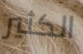
الكثير